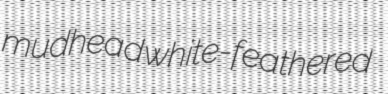
mudhead white-feathered